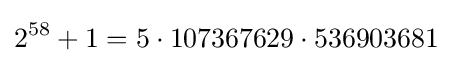
2^{58}+1=5\cdot 107367629\cdot 536903681